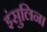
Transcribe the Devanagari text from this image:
इंसुलिन।